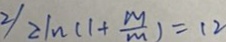
^ { 2 / } 2 1 n ( 1 + \frac { m } { m } ) = 1 2